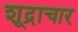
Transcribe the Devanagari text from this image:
शूद्राचार